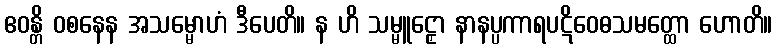
ဧဝန္တိ ဝစနေန အသမ္မောဟံ ဒီပေတိ။ န ဟိ သမ္မူဠှော နာနပ္ပကာရပဋိဝေဓသမတ္ထော ဟောတိ။